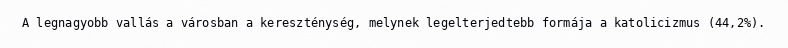
A legnagyobb vallás a városban a kereszténység, melynek legelterjedtebb formája a katolicizmus (44,2%).